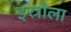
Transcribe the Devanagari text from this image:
इस्रोला